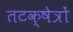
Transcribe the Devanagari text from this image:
तटक्षेत्रों